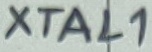
Text: XTAL1